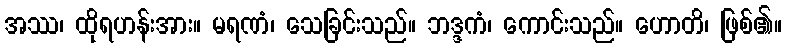
အဿ၊ ထိုရဟန်းအား။ မရဏံ၊ သေခြင်းသည်။ ဘဒ္ဒကံ၊ ကောင်းသည်။ ဟောတိ၊ ဖြစ်၏။